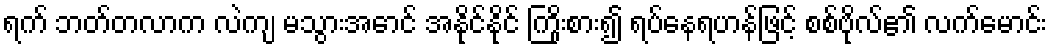
ရက် ဘတ်တလာက လဲကျ မသွားအောင် အနိုင်နိုင် ကြိုးစား၍ ရပ်နေရဟန်ဖြင့် စစ်ဗိုလ်၏ လက်မောင်း